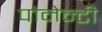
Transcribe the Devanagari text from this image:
पोनेन्टी